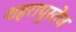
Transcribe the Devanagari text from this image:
शहरापुरतेच